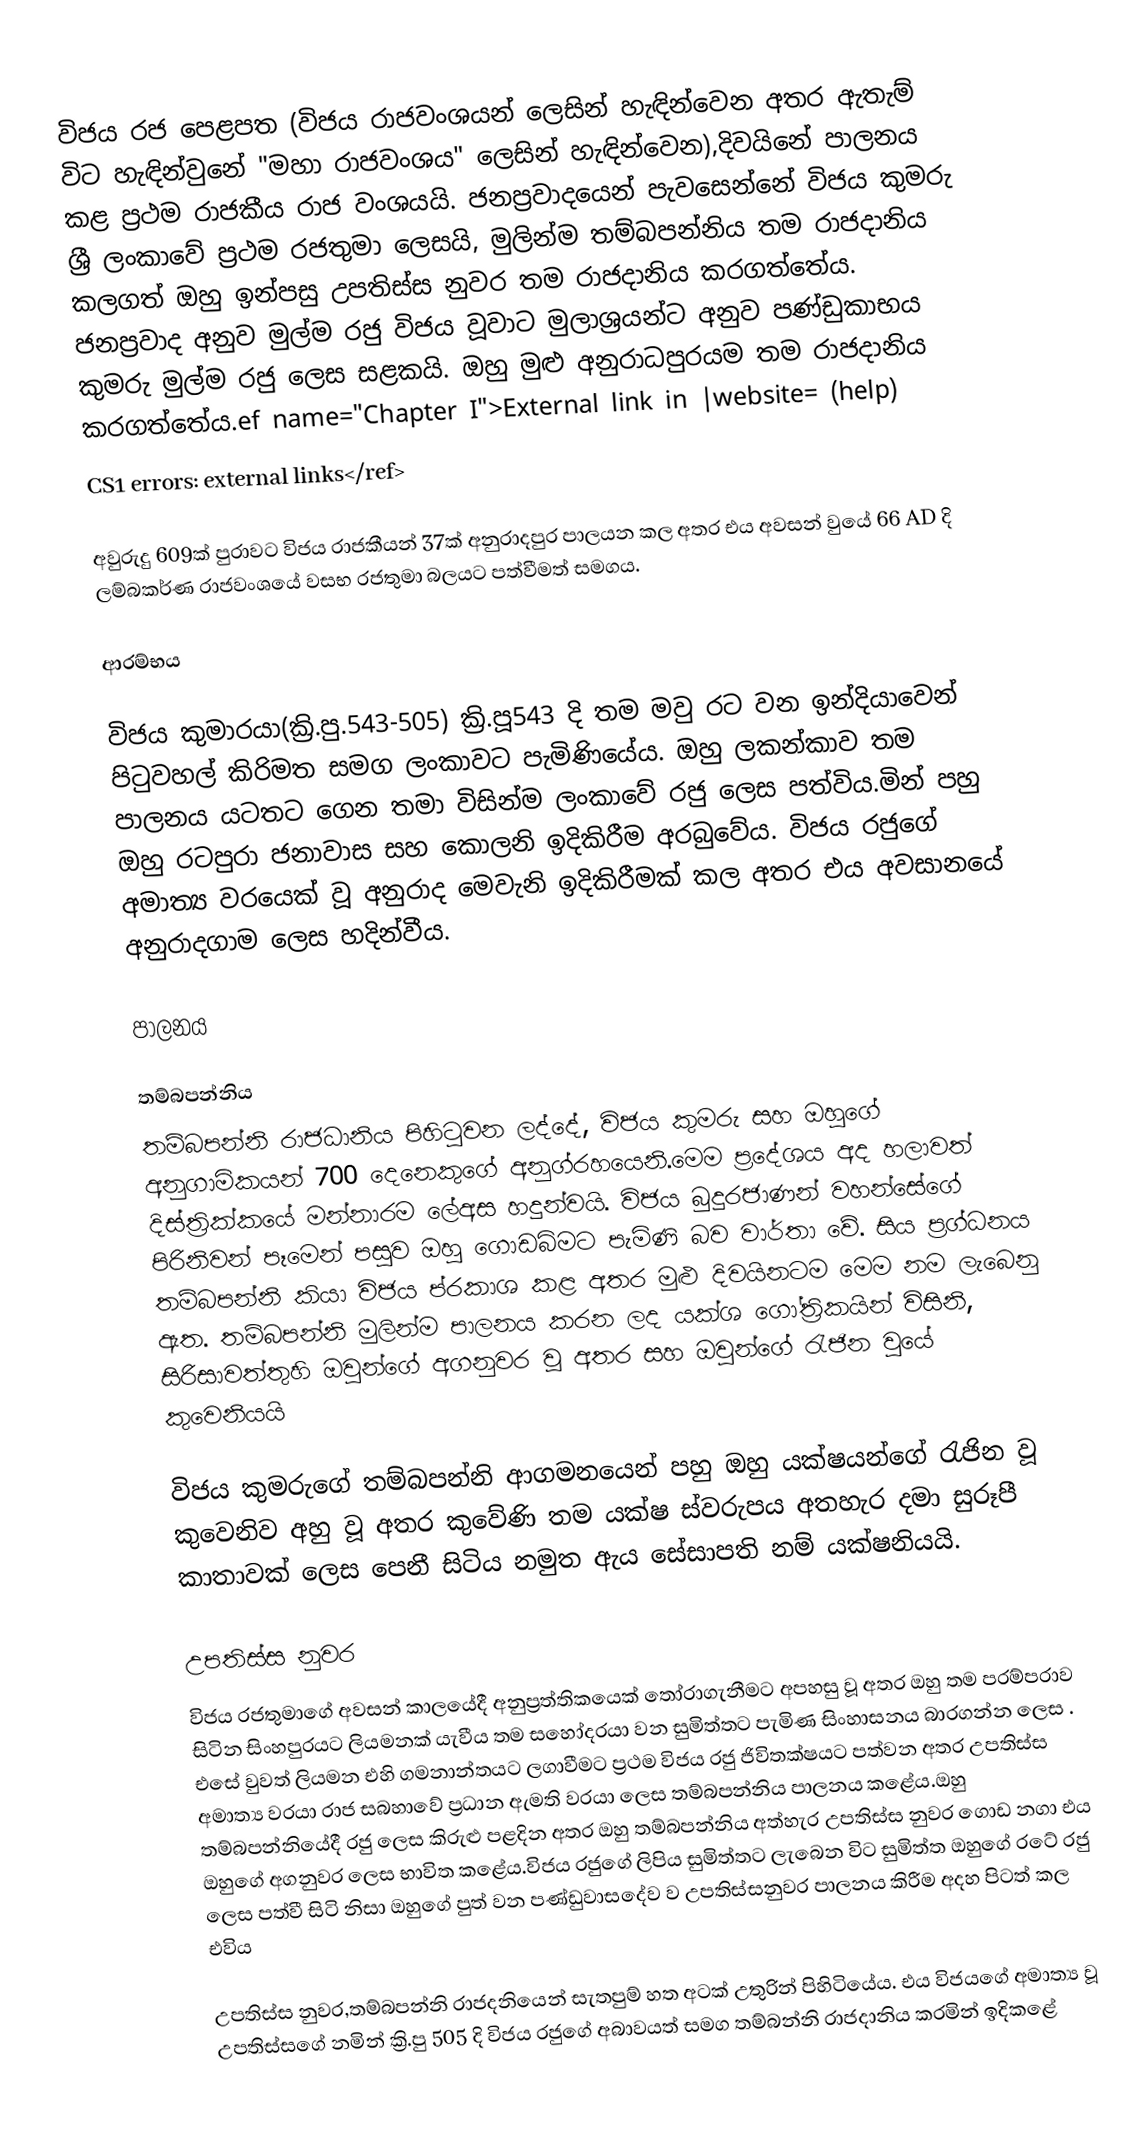
විජය රජ පෙළපත (විජය රාජවංශයන් ලෙසින් හැඳින්වෙන අතර ඇතැම් විට හැඳින්වුනේ "මහා රාජවංශය" ලෙසින් හැඳින්වෙන),දිවයිනේ පාලනය කළ ප්‍රථම රාජකීය රාජ වංශයයි. ජනප්‍රවාදයෙන් පැවසෙන්නේ විජය කුමරු ශ්‍රී ලංකාවේ ප්‍රථම රජතුමා ලෙසයි, මුලින්ම තම්බපන්නිය තම රාජදානිය කලගත් ඔහු ඉන්පසු උපතිස්ස නුවර තම රාජදානිය කරගත්තේය. ජනප්‍රවාද අනුව මුල්ම රජු විජය වූවාට මුලාශ්‍රයන්ට අනුව පණ්ඩුකාභය කුමරු මුල්ම රජු ලෙස සළකයි. ඔහු  මුළු අනුරාධපුරයම තම රාජදානිය කරගත්තේය.ef name="Chapter I">External link in |website= (help)
CS1 errors: external links</ref>

අවුරුදු 609ක් පුරාවට විජය රාජකීයන් 37ක් අනුරාදපුර පාලයන කල අතර එය අවසන් වුයේ 66 AD දි ලම්බකර්ණ රාජවංශයේ වසභ රජතුමා බලයට පත්වීමත් සමගය.

ආරම්භය

විජය කුමාරයා(ක්‍රි.පු.543-505) ක්‍රි.පූ543 දි තම මවු රට වන ඉන්දියාවෙන් පිටුවහල් කිරිමත සමග ලංකාවට පැමිණියේය. ඔහු ලකන්කාව තම පාලනය යටතට ගෙන තමා විසින්ම ලංකාවේ රජු ලෙස පත්විය.මින් පහු ඔහු රටපුරා ජනාවාස සහ කොලනි ඉදිකිරීම අරබුවේය. විජය රජුගේ අමාත්‍ය වරයෙක් වූ අනුරාද මෙවැනි ඉදිකිරීමක් කල අතර එය අවසානයේ අනුරාදගාම ලෙස හදින්වීය.

පාලනය

තම්බපන්නිය
තම්බපන්නි රාජධානිය පිහිටුවන ලද්දේ, විජය කුමරු සහ ඔහුගේ අනුගාමිකයන් 700 දෙනෙකුගේ අනුග්රහයෙනි.මෙම ප්‍රදේශය අද හලාවත් දිස්ත්‍රික්කයේ මන්නාරම ලේඅස හදුන්වයි. විජය  බුදුරජාණන් වහන්සේගේ පිරිනිවන් පෑමෙන් පසුව ඔහු ගොඩබිමට පැමිණි බව වාර්තා වේ. සිය ප්‍රග්ධනය තම්බපන්නි කියා විජය ප්රකාශ කළ අතර මුළු දිවයිනටම මෙම නම ලැබෙනු ඇත. තම්බපන්නි මුලින්ම  පාලනය කරන ලද යක්ශ ගෝත්‍රිකයින් විසිනි, සිරිසාවත්තුහි ඔවුන්ගේ අගනුවර වූ අතර  සහ ඔවුන්ගේ රැජින වුයේ කුවෙනියයි

විජය කුමරුගේ තම්බපන්නි ආගමනයෙන් පහු ඔහු යක්ෂයන්ගේ රැජින වූ කුවෙනිව අහු වූ අතර කුවේණි තම යක්ෂ ස්වරුපය අතහැර දමා සුරූපී කාතාවක් ලෙස පෙනී සිටිය නමුත ඇය සේසාපති නම් යක්ෂනියයි.

උපතිස්ස නුවර
විජය රජතුමාගේ අවසන් කාලයේදී අනුප්‍රත්තිකයෙක් තෝරාගැනීමට අපහසු වූ අතර ඔහු තම පරම්පරාව සිටින සිංහපුරයට ලියමනක් යැවීය තම සහෝදරයා වන සුමිත්තට පැමිණ සිංහාසනය බාරගන්න ලෙස  . එසේ වුවත් ලියමන එහි ගමනාන්තයට ලගාවීමට ප්‍රථම විජය රජු ජිවිතක්ෂයට පත්වන අතර උපතිස්ස අමාත්‍ය වරයා රාජ සබහාවේ ප්‍රධාන ඇමති වරයා ලෙස තම්බපන්නිය පාලනය කළේය.ඔහු තම්බපන්නියේදී රජු ලෙස කිරුළු පළදින අතර ඔහු තම්බපන්නිය අත්හැර උපතිස්ස නුවර ගොඩ නගා එය ඔහුගේ අගනුවර ලෙස භාවිත කළේය.විජය රජුගේ ලිපිය සුමිත්තට ලැබෙන විට සුමිත්ත ඔහුගේ රටේ රජු ලෙස පත්වී සිටි නිසා ඔහුගේ පුත් වන පණ්ඩුවාසදේව ව උපතිස්සනුවර පාලනය කිරීම අදහ පිටත් කල එවිය

උපතිස්ස නුවර,තම්බපන්නි රාජදනියෙන් සැතපුම් හත අටක් උතුරින් පිහිටියේය. එය විජයගේ අමාත්‍ය වූ උපතිස්සගේ නමින් ක්‍රි.පු 505 දි විජය රජුගේ අබාවයත් සමග තම්බන්නි රාජදානිය  කරමින් ඉදිකළේ